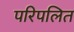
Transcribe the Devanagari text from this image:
परिपलित